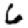
Digit: 6